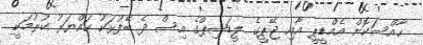
ހާއްސަކޮށް އެމްޑީޕީ އާއި ޖޭޕީގެ ލީޑަޝިޕްގެ އިސް ދެ ބޭފުޅަކު ހައްޔަރު ކުރުމަކީ